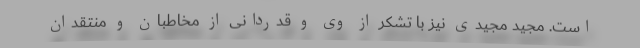
است. مجید مجیدی نیز با تشکر از وی و قدردانی از مخاطبان و منتقدان